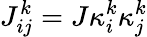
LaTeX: J_{ij}^{k}=J\kappa_{i}^{k}\kappa_{j}^{k}